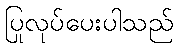
ပြုလုပ်ပေးပါသည်